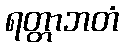
ရတ္တာဘတံ